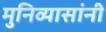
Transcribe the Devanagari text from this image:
मुनिव्यासांनी